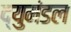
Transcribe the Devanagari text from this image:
द्युमंडल